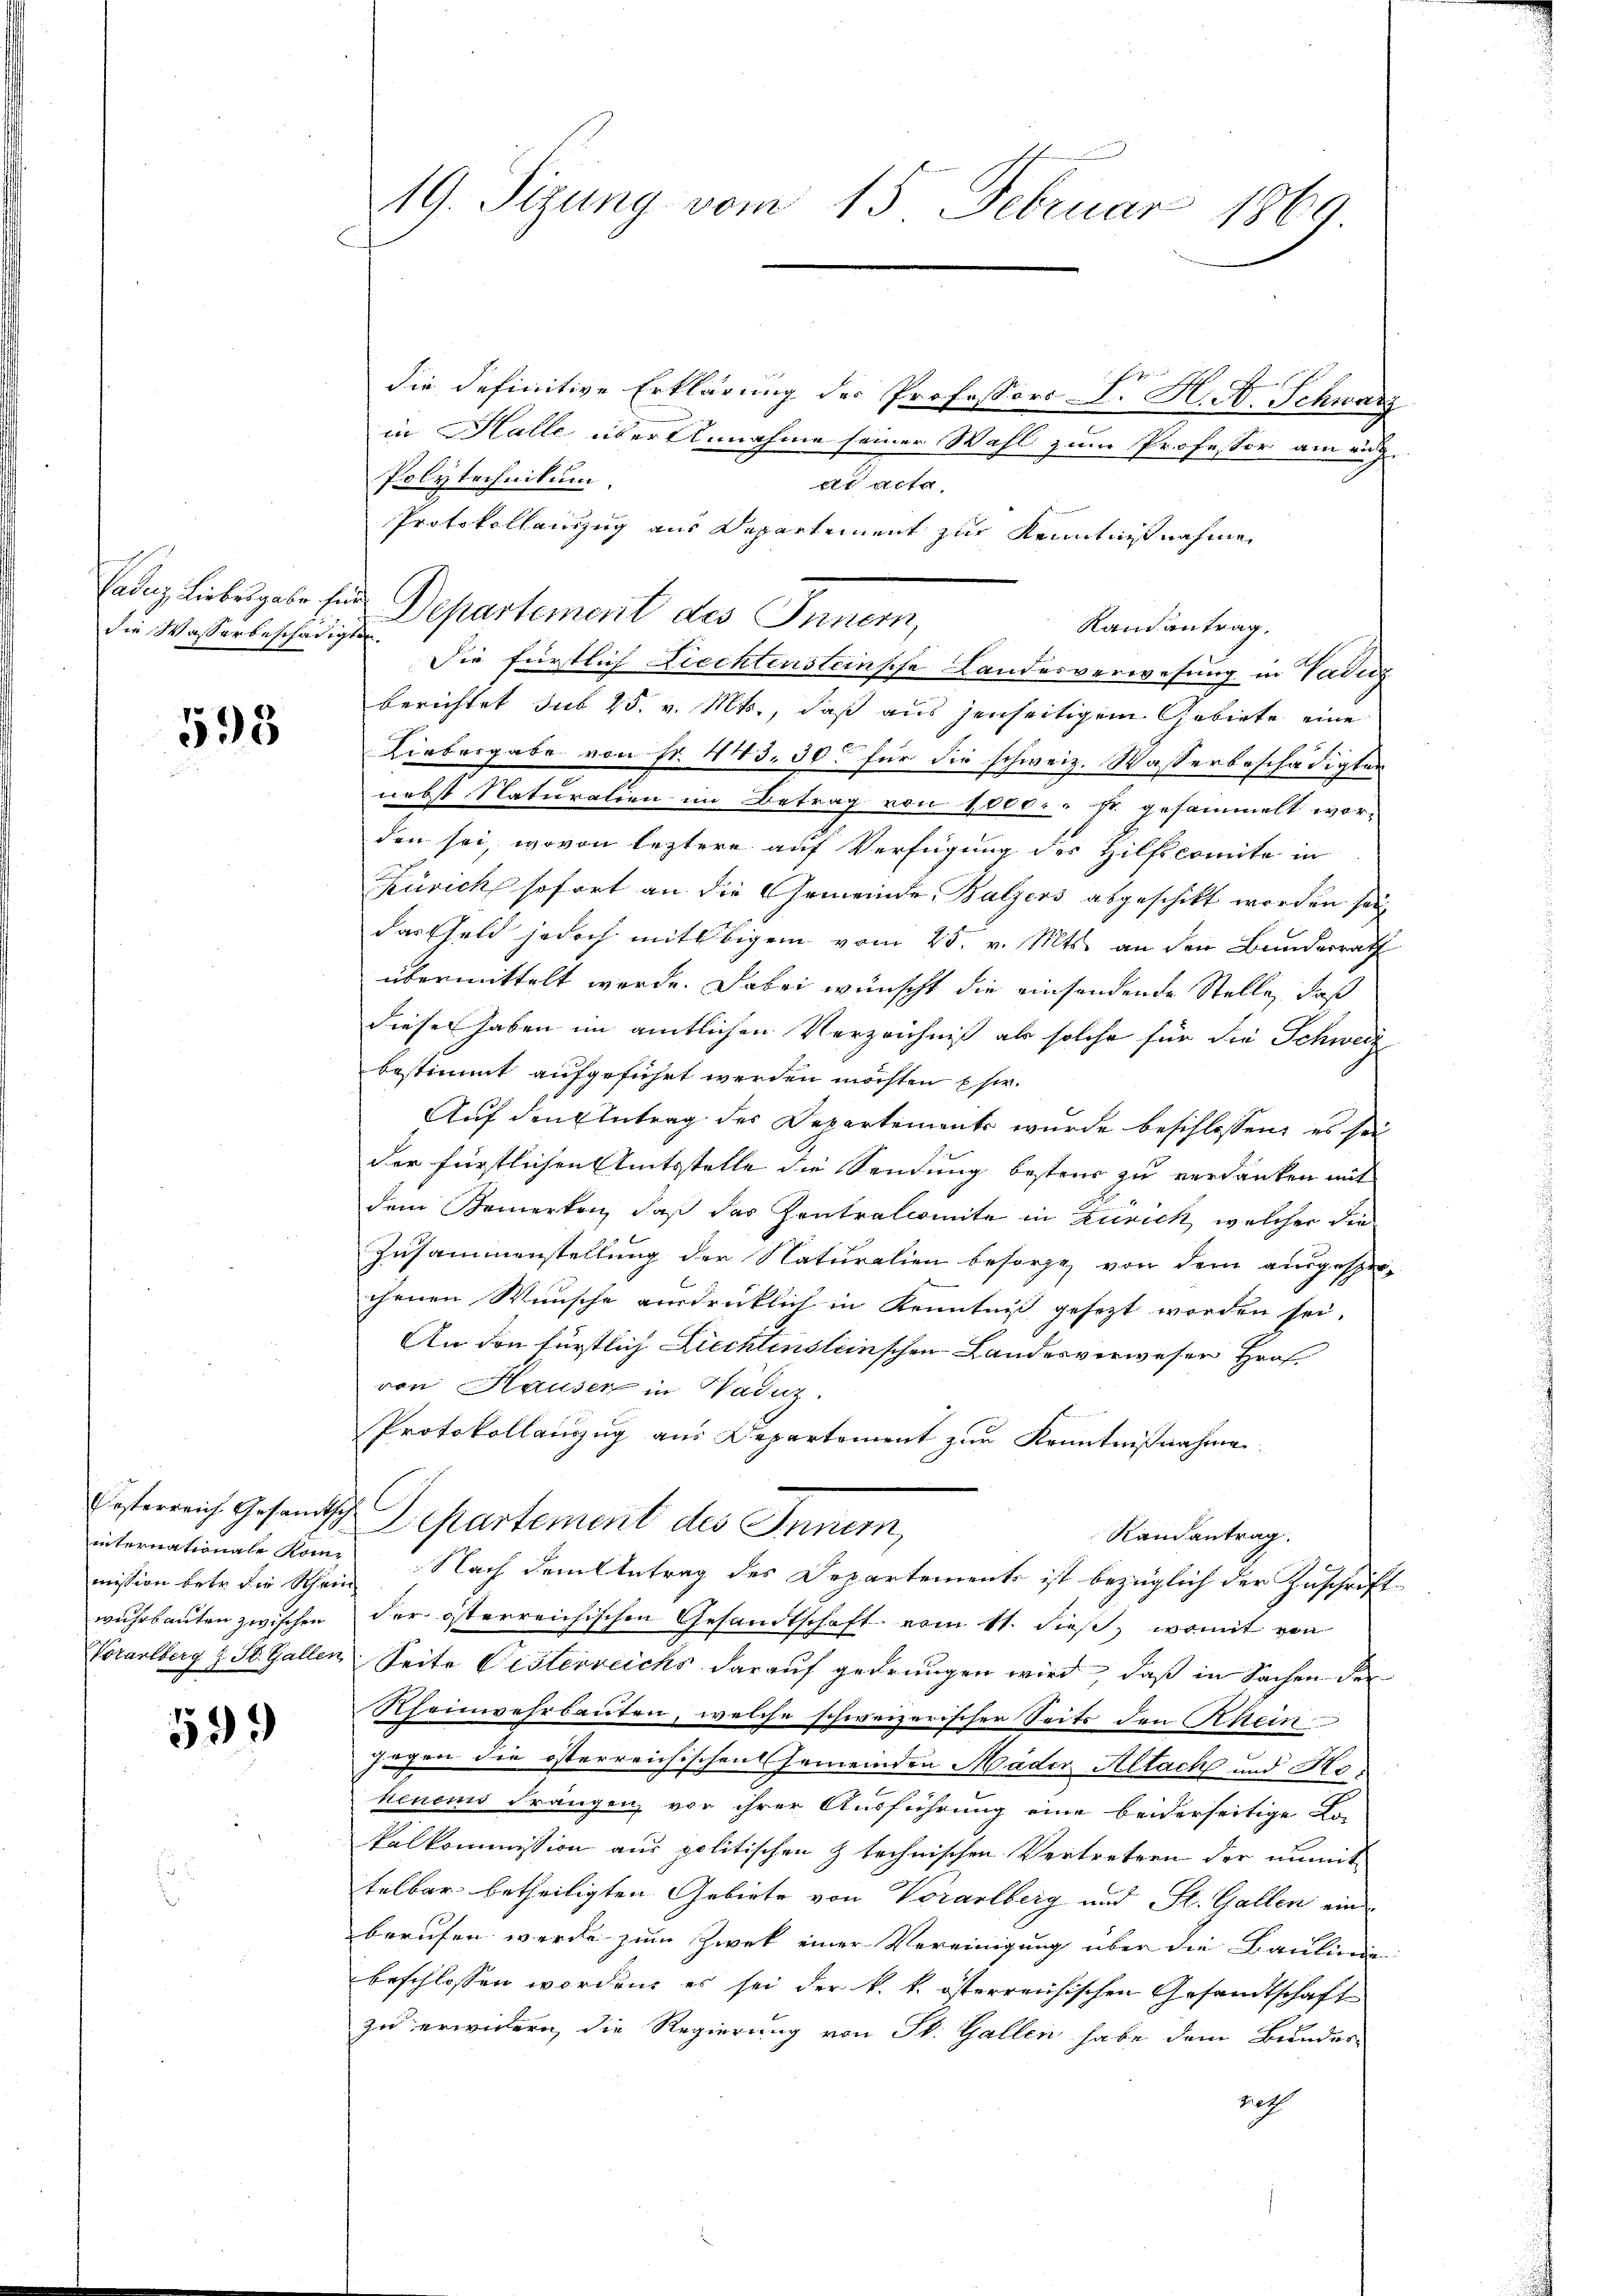
die Wasserbeschädigten.

598

internationale Komwuhrbauten zwischen
Vorarlberg u St. Gallen

599

19. Sizung vom 15. Februar 1869.

die definitive Erklärung der Professors P. H. A. Schwarz
in Halle über Annahme seiner Wahl zum Professor am auge
Polytechnikum.
et acta,
Protokollauszug aus Departement zur Kenntnißnahme
Tatag liebesgabe für Departement des Inner,
Randantrag.
Die fürstlich Liechtensteinsche Landesverwesung in Vadez
berichtet sub 25. v. Mts., daß aus jenseitigem Gebiete eine
Liebergabe von Fr. 443. 50 für die schweiz. Wasserbeschädigten
nebst Naturalien im Betrag von 1000. r sr. gesammelt wor-
den sei, wovon leztere auf Verfügung des Hilfscomite in
Zürich sofort an die Gemeinde Balzers abgeschikt worden sein
das Geld jedoch mit bigem vom 25. v. Mts. an den Bundesrath
übermittelt werde. Dabei wünscht die einsendende Stelle, daß
dieser haben im amtlichen Verzeichniß als solche für die Schweiz
bestimmt aufgeführt werden möchten Ehe.
Auf den Antrag des Departements wurde beschlossen, es sei
der fürstlichen Amtsstelle die Sendung bestens zu verdanken mit
dem Bemerken, daß das Zentralcomite in Zürich, welcher die
Zusammenstellung der Naturalien besorge, von dem ausgesprechenen Wunsche ausdrücklich in Kenntniß gesezt worden sei.
An den fürstlich Liechtensteinschen Landesverwesen Graf.
von Hauser in Wadiz.
Protokollanzug aus Departement zur Kenntnißnahme
Ersterreich Gesandtsch Departement des Innern,
Randantrag.
mission betr. die Schein Nach dem Antrag des Departements ist bezüglich der Zuschrift
der österreichischen Gesandtschaft vom 11. dieß, womit von
Seite Vesterreichs darauf gedrungen wird, daß in Sachen der
Rheinvehrbauten, welche schweizerischer Seits den Rhein
gegen die österreichischen Gemeinden Mäder Altach und Ho
henens drängen, vor ihrer Ausführung eine beiderseitige Lo-
kalkommission aus politischen Z technischen Vertretern der unmit
telbar betheiligten Gebiete von Vorarlberg und St. Gallen ein
berufen werde zum Zwek einer Vereinigung über die Baulinde
beschlossen worden, es sei der k. k. österreichischen Gesandtschaft
zu erwidern, die Regierung von St. Gallen habe dem Bundes-
ret